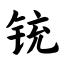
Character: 铳